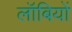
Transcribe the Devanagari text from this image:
लॉबियों